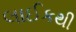
લાઈકથી